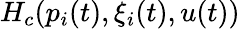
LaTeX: H_{c}(p_{i}(t),\xi_{i}(t),u(t))